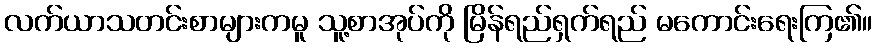
လက်ယာသတင်းစာများကမူ သူ့စာအုပ်ကို မြိန်ရည်ရှက်ရည် မကောင်းရေးကြ၏။